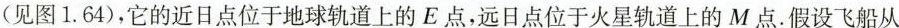
(见图1.64)，它的近日点位于地球轨道上的E点，远日点位于火星轨道上的M点.假设飞船从